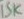
Text: 15K